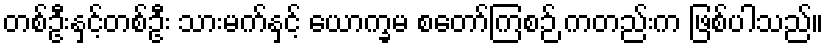
တစ်ဦးနှင့်တစ်ဦး သားမက်နှင့် ယောက္ခမ စတော်ကြစဉ် ကတည်းက ဖြစ်ပါသည်။